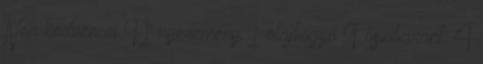
Nea kedvencei 91 nyeremény 1 olajbogyó 9 őszibarack 4